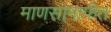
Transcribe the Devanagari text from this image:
माणसांमार्फत